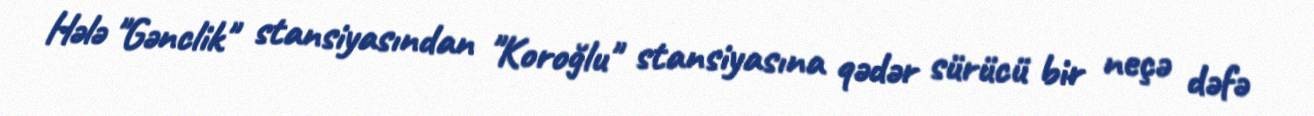
Hələ "Gənclik" stansiyasından "Koroğlu" stansiyasına qədər sürücü bir neçə dəfə